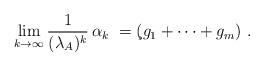
LaTeX: \begin{align*}\lim_{k\to \infty} \frac 1{(\lambda_A)^k}\, \alpha_k\ = \c(g_1+\dots + g_m) \ .\end{align*}